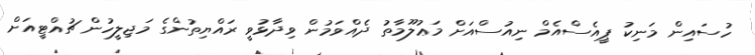
ހުސައިން މަނިކު ޕީއެސްއެމް ނިއުސްއަށް މަޢުލޫމާތު ދެއްވަމުން ވިދާޅުވީ ރައްޔިތުންގެ މަޖިލީހުން ޗުއްޓީއަށް